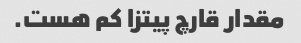
مقدار قارچ پیتزا کم هست.